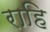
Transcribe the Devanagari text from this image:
राहि